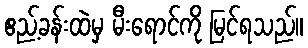
ဧည့်ခန်းထဲမှ မီးရောင်ကို မြင်ရသည်။